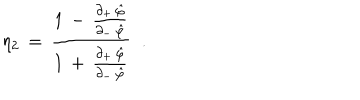
\eta _ { 2 } \, = \, \frac { 1 \, - \, { \frac { \partial _ { + } \, \hat { \varphi } } { \partial _ { - } \, \hat { \varphi } } } } { 1 \, + \, { \frac { \partial _ { + } \, \hat { \varphi } } { \partial _ { - } \, \hat { \varphi } } } } \; \; .